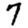
Digit: 7